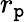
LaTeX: r_{\mathtt{p}}